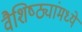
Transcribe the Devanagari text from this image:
वैशिष्ठ्यांमध्ये